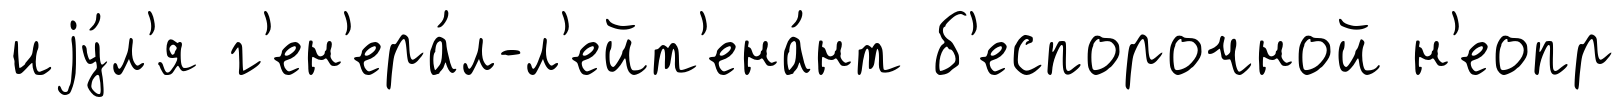
иjу́л'я г'ен'ера́л-л'ейт'ена́нт б'еспорочной н'еопр